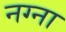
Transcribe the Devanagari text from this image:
नग्ना